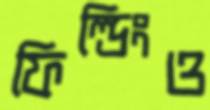
ফিল্ডিংও